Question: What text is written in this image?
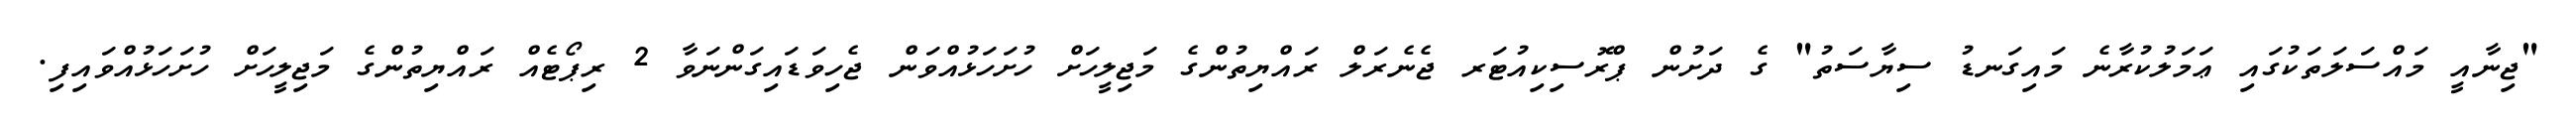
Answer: "ޖިނާއީ މައްސަލަތަކުގައި ޢަމަލުކުރާނެ މައިގަނޑު ސިޔާސަތު" ގެ ދަށުން ޕްރޮސިކިއުޓަރ ޖެނެރަލް ރައްޔިތުންގެ މަޖިލީހަށް ހުށަހަޅުއްވަން ޖެހިވަޑައިގަންނަވާ 2 ރިޕޯޓެއް ރައްޔިތުންގެ މަޖިލީހަށް ހުށަހަޅުއްވައިފި.